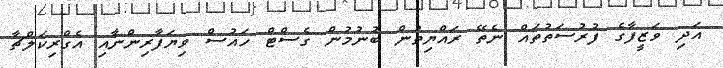
އަދި ވަޒީފާގެ ފުރުސަތުތައް ނެތޭ ރައްޔިތުން ބުނުމުން ގެސްޓް ހައުސް ވިޔަފާރިންނާއި އެގްރިކަލްޗާ